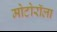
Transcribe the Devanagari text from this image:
मोटोरॉला